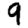
Digit: 9